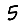
Digit: 5